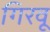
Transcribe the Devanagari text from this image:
गिरवू